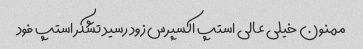
ممنون خیلی عالی استپ اکسپرس زود رسید تشکر استپ فود